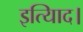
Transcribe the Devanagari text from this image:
इत्यािद।